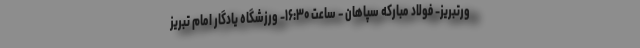
ورتبریز- فولاد مبارکه سپاهان – ساعت ۱۶:۳۰- ورزشگاه یادگار امام تبریز